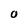
Character: 0